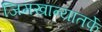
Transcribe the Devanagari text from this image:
जिमखान्यातर्फे